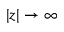
| z | \rightarrow \infty